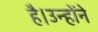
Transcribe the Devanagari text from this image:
है।उन्होंने